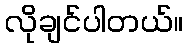
လိုချင်ပါတယ်။